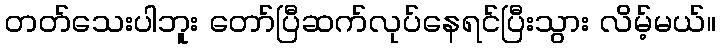
တတ်သေးပါဘူး တော်ပြီဆက်လုပ်နေရင်ပြီးသွား လိမ့်မယ်။